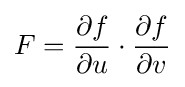
F={\frac {\partial f}{\partial u}}\cdot {\frac {\partial f}{\partial v}}